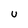
Character: U